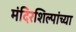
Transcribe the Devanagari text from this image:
मंदिरशिल्पांच्या